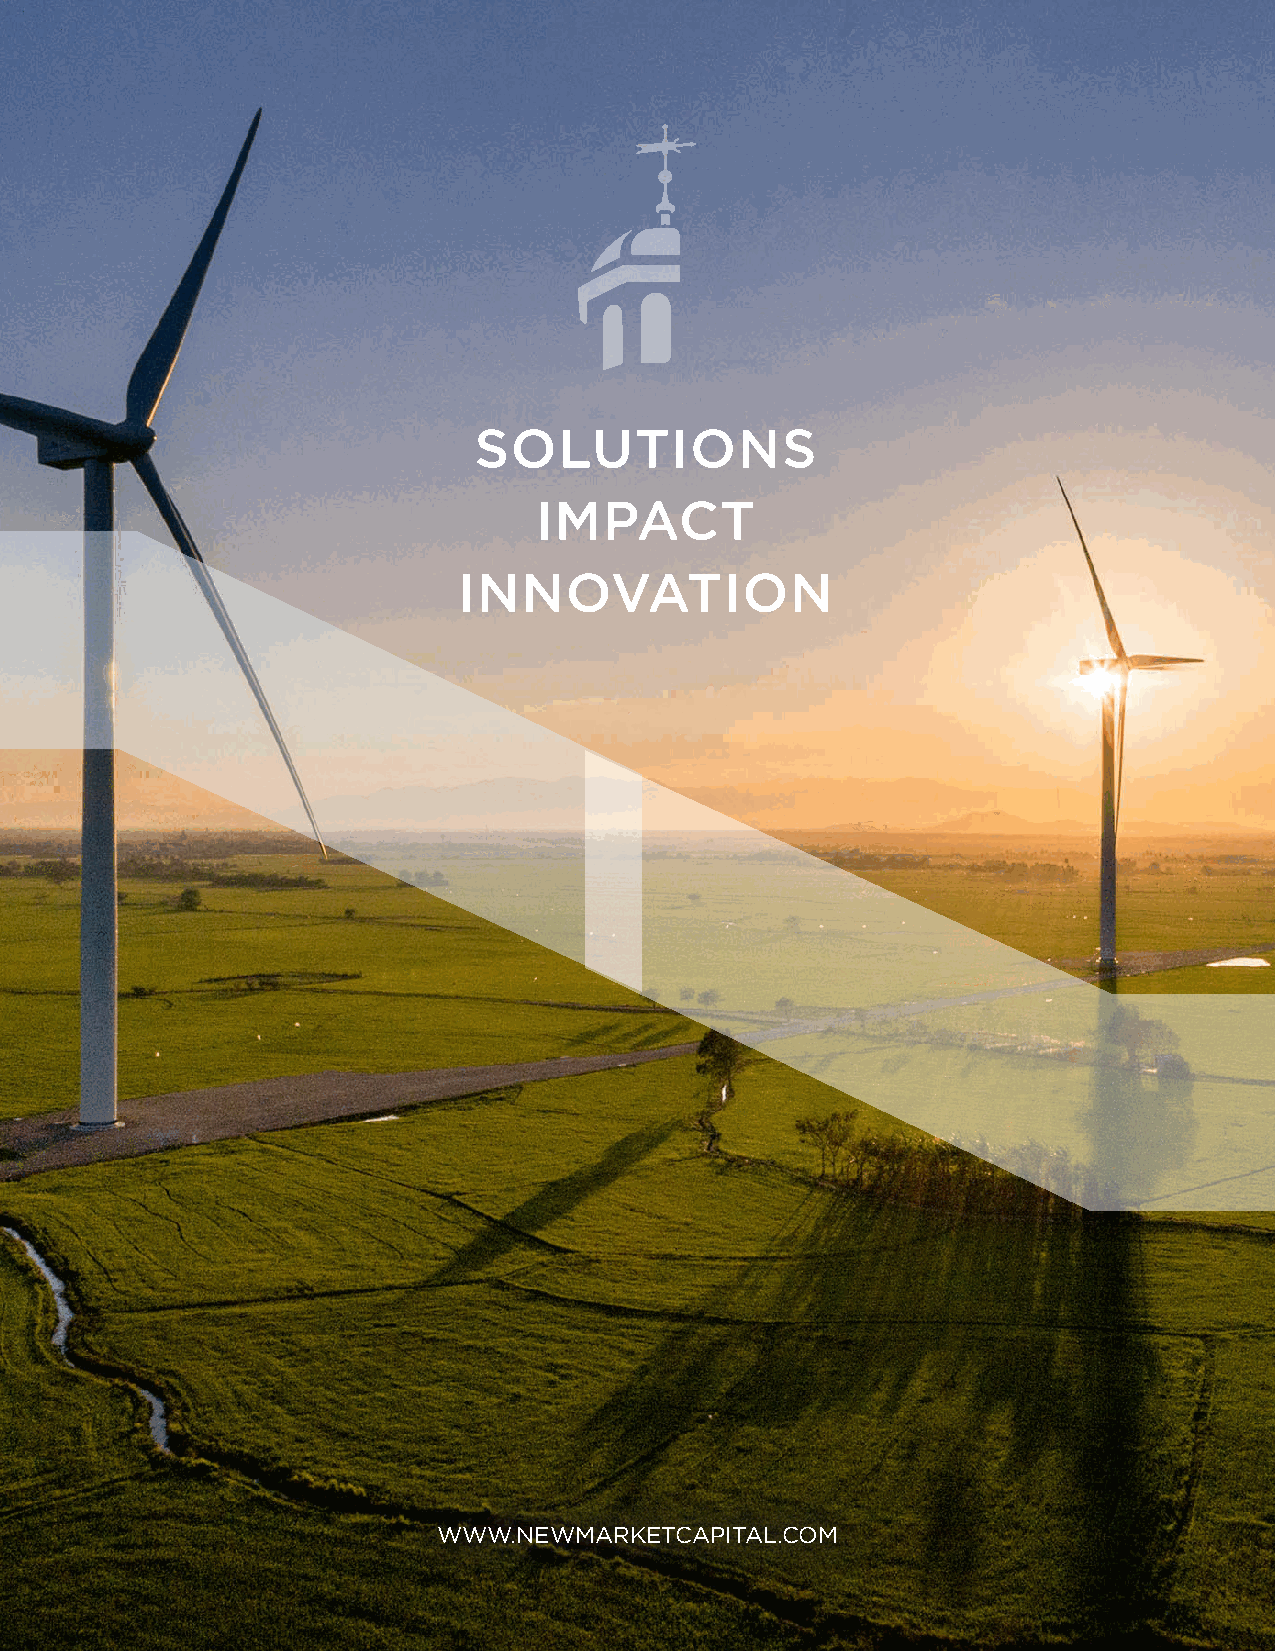
SOLUTIONS
 IMPACT
 INNOVATION
 WWW.NEWMARKETCAPITAL.COM
 30                                                                                  30